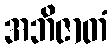
အဘိဇာတံ